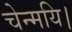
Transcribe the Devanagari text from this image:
चेन्मयि।